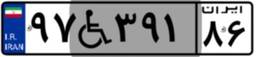
۹۷W۳۹۱۸۶